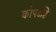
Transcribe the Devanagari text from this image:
कोपदृष्टि